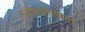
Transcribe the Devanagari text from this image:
त्याचप्रमाणात